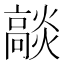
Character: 𭶟